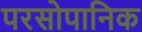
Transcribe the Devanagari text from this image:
परसोपानिक